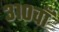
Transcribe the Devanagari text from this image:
३१०वाँ